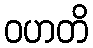
ဝဟတိ